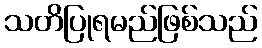
သတိပြုရမည်ဖြစ်သည်